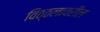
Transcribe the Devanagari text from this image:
विठ्ठलावरील